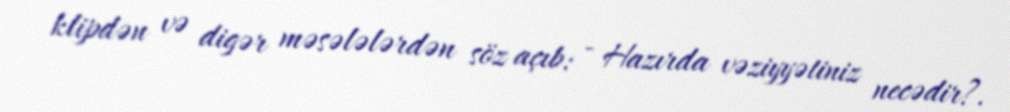
klipdən və digər məsələlərdən söz açıb: - Hazırda vəziyyətiniz necədir?.